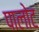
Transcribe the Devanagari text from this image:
पालोट